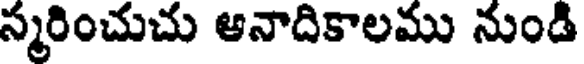
స్మరించుచు ఆనాదికాలము నుండి